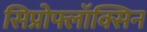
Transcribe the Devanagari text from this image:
सिप्रोफ्लॉक्सिन